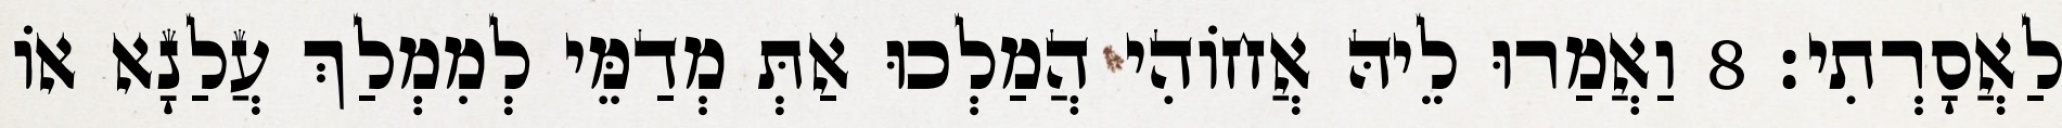
לַאֲסָרְתִי׃ 8 וַאֲמַרוּ לֵיהּ אֲחוֹהִי הֲמַלְכוּ אַתְּ מְדַמֵּי לְמִמְלַךְ עֲלַנָא אוֹ